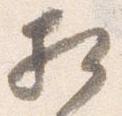
相